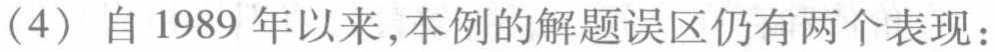
（4）自1989 年以来,本例的解题误区仍有两个表现：